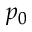
p _ { 0 }